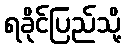
ရခိုင်ပြည်သို့